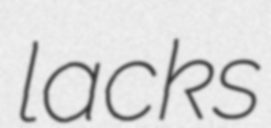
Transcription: lacks